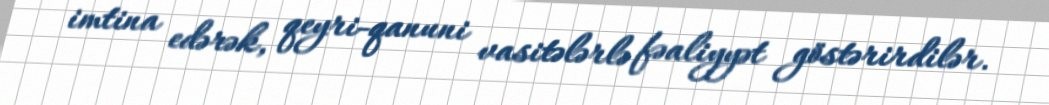
imtina edərək, qeyri-qanuni vasitələrlə fəaliyyət göstərirdilər.